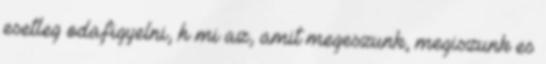
esetleg odafigyelni, h mi az, amit megeszunk, megiszunk es